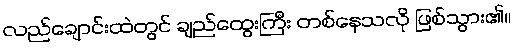
လည်ချောင်းထဲတွင် ချည်ထွေးကြီး တစ်နေသလို ဖြစ်သွား၏။